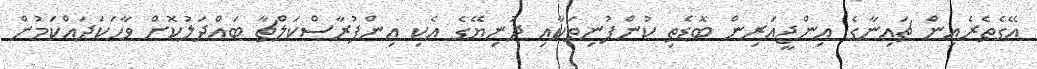
އޭގެތެރެއިން ޗައިނާގެ އިންޖީއަރިން ބޮޑެތި ކުންފުނިތަކާއި ދުނިޔޭގެ އެކި އިންފުރާސްކަލްޗާ ބައްދަލުކޮށް ވާހަކަދައްކަމުން